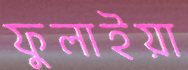
ফুলাইয়া